Bulletin of the Pasteur Institute of Southern India, Coonoor - No. 2.
Year: 1909
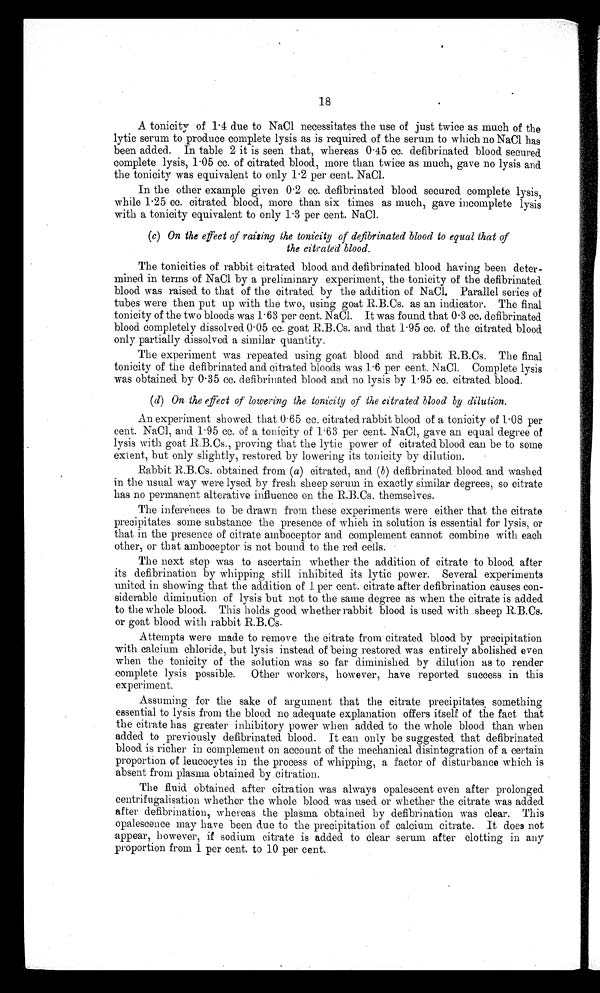
18
A tonicity of 1·4 due to NaCl necessitates the use of just twice as much of the
lytic serum to produce complete lysis as is required of the serum to which no NaCl has
been added. In table 2 it is seen that, whereas 0·45 cc. defibrinated blood secured
complete lysis, 1·05 cc. of citrated blood, more than twice as much, gave no lysis and
the tonicity was equivalent to only 1·2 per cent. NaCl.
In the other example given 0· 2 cc. defibrinated blood secured complete lysis,
while 1·25 cc. citrated blood, more than six times as much, gave incomplete lysis
with a tonicity equivalent to only 1·3 per cent. NaCl.
(c) On the effect of raising the tonicity of defibrinated blood to equal that of
the citrated blood.
The tonicities of rabbit citrated blood and defibrinated Mood having been deter
-
mined in terms of NaCl by a preliminary experiment, the tonicity of the defibrinated
blood was raised to that of the citrated by the addition of NaCl. Parallel series of
tubes were then put up with the two, using goat R.B.Cs. as an indicator. The final
tonicity of the two bloods was 1·63 per cent. NaCl. It was found that 0·3 cc. defibrinated
blood completely dissolved 0·05 cc. goat R.B.Cs. and that 1·95 cc. of the citrated blood
only partially dissolved a similar quantity.
The experiment was repeated using goat blood and rabbit R.B.Cs. The final
tonicity of the defibrinated and citrated bloods was 1·6 per cent. NaCl. Complete lysis
was obtained by 0·35 cc. defibrinated blood and no lysis by 1·95 cc. citrated blood.
(e) On the effect of lowering the tonicity of the citrated blood by dilution
An experiment showed that 0·65 cc. citrated rabbit blood of a tonicity of 1·08 per
cent. NaCl, and 1·95 cc. of a tonicity of 1·63 per cent. NaCl, gave an equal degree of
lysis with goat R.B.Cs., proving that the lytic power of citrated blood can be to some
extent, but only slightly, restored by lowering its tonicity by dilution.
Rabbit R.B.Cs. obtained from ( a) citrated, and (b ) defibrinated blood and washed
in the usual way were lysed by fresh sheep serum in exactly similar degrees, so citrate
has no permanent alterative influence on the R.B.Cs. themselves.
The inferences to be drawn from these experiments were either that the citrate
precipitates some substance the presence of which in solution is essential for lysis, or
that in the presence of citrate amboceptor and complement cannot combine with each
other, or that amboceptor is not bound to the red cells.
The next step was to ascertain whether the addition of citrate to blood after
its defibrination by whipping still inhibited its lytic power. Several experiments
united in showing that the addition of 1 per cent. citrate after defibrination causes con
-
siderable diminution of lysis but not to the same degree as when the citrate is added
to the whole blood. This holds good whether rabbit blood is used with sheep R.B.Cs.
or goat blood with rabbit R.B.Cs.
Attempts were made to remove the citrate from citrated blood by precipitation
with calcium chloride, but lysis instead of being restored was entirely abolished even
when the tonicity of the solution was so far diminished by dilution as to render
complete lysis possible. Other workers, however, have reported success in this
experiment.
Assuming for the sake of argument that the citrate precipitates something
essential to lysis from the blood no adequate explanation offers itself of the fact that
the citrate has greater inhibitory power when added to the whole blood than when
added to previously defibrinated blood. It can only be suggested that defibrinated
blood is richer in complement on account of the mechanical disintegration of a certain
proportion of leucocytes in the process of whipping, a factor of disturbance which is
absent from plasma obtained by citration.
The fluid obtained after citration was always opalescent even after prolonged
centrifugalisation whether the whole blood was used or whether the citrate was added
after defibrination, whereas the plasma obtained by defibrination was clear. This
opalescence may have been due to the precipitation of calcium citrate. It does not
appear, however, if sodium citrate is added to clear serum after clotting in any
proportion from 1 per cent. to 10 per cent.